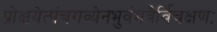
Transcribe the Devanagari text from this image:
प्रोक्षयेत्पंचगव्येनभुवंमंत्रैर्विचक्षणः